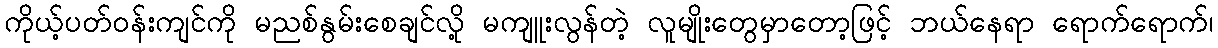
ကိုယ့်ပတ်ဝန်းကျင်ကို မညစ်နွမ်းစေချင်လို့ မကျူးလွန်တဲ့ လူမျိုးတွေမှာတော့ဖြင့် ဘယ်နေရာ ရောက်ရောက်၊